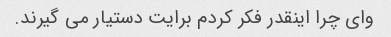
وای چرا اینقدر فکر کردم برایت دستیار می گیرند.